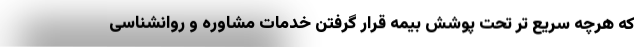
که هرچه سریع تر تحت پوشش بیمه قرار گرفتن خدمات مشاوره و روانشناسی